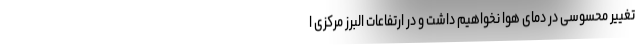
تغییر محسوسی در دمای هوا نخواهیم داشت و در ارتفاعات البرز مرکزی ا